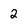
Character: 2